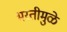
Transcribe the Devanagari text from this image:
भरतीमुळे